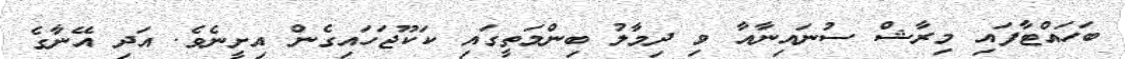
ބަހައްޓާފައި މިރާޝް ސުނައިނާއާ ވި ދިމާލު ބިންމަތީގައި ކަކޫޖަހައިގެން އިށީނެވެ. އަދި އޭނާގެ